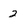
Character: 2